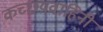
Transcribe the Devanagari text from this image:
कच्छयवाहिनी